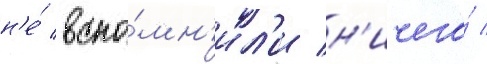
н'е́ вспо́мн'ил'и н'ичего́ /